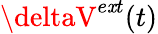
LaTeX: \deltaV^{e\mathit{x}t}(t)